Report of the Indian Hemp Drugs Commission, 1894-1895 - Volume I
Year: 1894
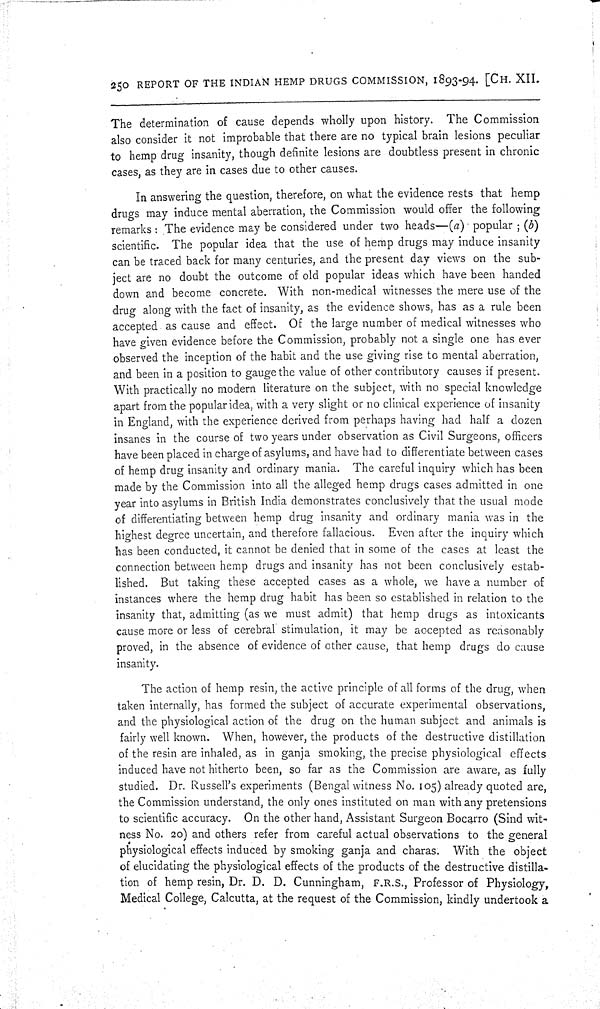
250 REPORT OF THE INDIAN HEMP DRUGS COMMISSION, 1893-94. [CH. XII.
The determination of cause depends wholly upon history. The Commission
also consider it not improbable that there are no typical brain lesions peculiar
to hemp drug insanity, though definite lesions are doubtless present in chronic
cases, as they are in cases due to other causes.
In answering the question, therefore, on what the evidence rests that hemp
drugs may induce mental aberration, the Commission would offer the following
remarks: The evidence may be considered under two heads—(a) popular; (b)
scientific. The popular idea that the use of hemp drugs may induce insanity
can be traced back for many centuries, and the present day views on the sub-
ject are no doubt the outcome of old popular ideas which have been handed
down and become concrete. With non-medical witnesses the mere use of the
drug along with the fact of insanity, as the evidence shows, has as a rule been
accepted as cause and effect. Of the large number of medical witnesses who
have given evidence before the Commission, probably not a single one has ever
observed the inception of the habit and the use giving rise to mental aberration,
and been in a position to gauge the value of other contributory causes if present.
With practically no modern literature on the subject, with no special knowledge
apart from the popular idea, with a very slight or no clinical experience of insanity
in England, with the experience derived from perhaps having had half a dozen
insanes in the course of two years under observation as Civil Surgeons, officers
have been placed in charge of asylums, and have had to differentiate between cases
of hemp drug insanity and ordinary mania. The careful inquiry which has been
made by the Commission into all the alleged hemp drugs cases admitted in one
year into asylums in British India demonstrates conclusively that the usual mode
of differentiating between hemp drug insanity and ordinary mania was in the
highest degree uncertain, and therefore fallacious. Even after the inquiry which
has been conducted, it cannot be denied that in some of the cases at least the
connection between hemp drugs and insanity has not been conclusively estab-
lished. But taking these accepted cases as a whole, we have a number of
instances where the hemp drug habit has been so established in relation to the
insanity that, admitting (as we must admit) that hemp drugs as intoxicants
cause more or less of cerebral stimulation, it may be accepted as reasonably
proved, in the absence of evidence of other cause, that hemp drugs do cause
insanity.
The action of hemp resin, the active principle of all forms of the drug, when
taken internally, has formed the subject of accurate experimental observations,
and the physiological action of the drug on the human subject and animals is
fairly well known. When, however, the products of the destructive distillation
of the resin are inhaled, as in ganja smoking, the precise physiological effects
induced have not hitherto been, so far as the Commission are aware, as fully
studied. Dr. Russell's experiments (Bengal witness No. 105) already quoted are,
the Commission understand, the only ones instituted on man with any pretensions
to scientific accuracy. On the other hand, Assistant Surgeon Bocarro (Sind wit-
ness No. 20) and others refer from careful actual observations to the general
physiological effects induced by smoking ganja and charas. With the object
of elucidating the physiological effects of the products of the destructive distilla-
tion of hemp resin, Dr. D. D. Cunningham, F.R.S., Professor of Physiology,
Medical College, Calcutta, at the request of the Commission, kindly undertook a